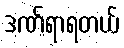
ဒဏ်ရာရတယ်